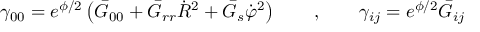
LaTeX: \gamma _ { 0 0 } = e ^ { \phi / 2 } \left( \bar { G } _ { 0 0 } + \bar { G } _ { r r } \dot { R } ^ { 2 } + \bar { G } _ { s } \dot { \varphi } ^ { 2 } \right) \qquad , \qquad \gamma _ { i j } = e ^ { \phi / 2 } \bar { G } _ { i j }